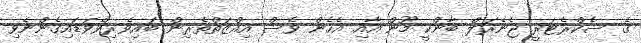
ގެ ސެކްރެޓަރީ ޖެނެރަލް ބާންކީ މޫން އާއި އެހެން ވެސް އިއްޒަތްތެރިން ބައިވެރިވެވަަޑައިގެންނެވި